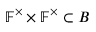
\mathbb { F } ^ { \times } \times \mathbb { F } ^ { \times } \subset B